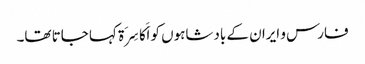
فارس و ایران کے بادشاہوں کو اَکَاسِرَۃ کہا جاتا تھا۔